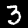
Digit: 3